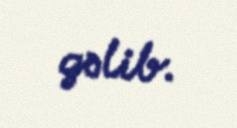
gəlib.